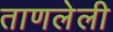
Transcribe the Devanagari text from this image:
ताणलेली